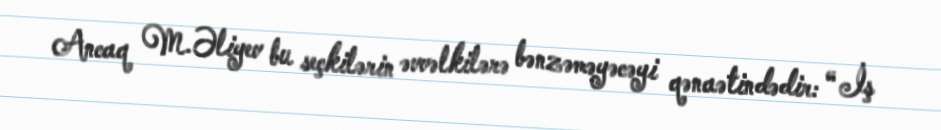
Ancaq M.Əliyev bu seçkilərin əvvəlkilərə bənzəməyəcəyi qənaətindədir: “ İş